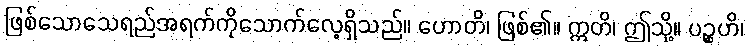
ဖြစ်သောသေရည်အရက်ကိုသောက်လေ့ရှိသည်။ ဟောတိ၊ ဖြစ်၏။ ဣတိ၊ ဤသို့။ ပဉ္စဟိ၊